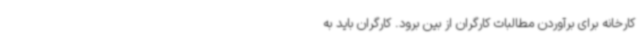
کارخانه برای برآوردن مطالبات کارگران از بین برود. کارگران باید به